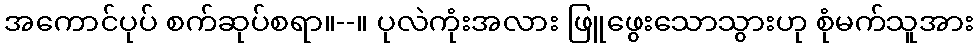
အကောင်ပုပ် စက်ဆုပ်စရာ။--။ ပုလဲကုံးအလား ဖြူဖွေးသောသွားဟု စုံမက်သူအား